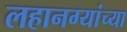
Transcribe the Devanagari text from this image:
लहानग्यांच्या